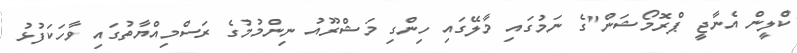
ކްލީން އެނާޖީ ޕްރޮމޯޝަން"ގެ ނަމުގައި މާލޭގައި ހިންގި މަޝްރޫއު ނިންމުމުގެ ރަސްމިއްޔާތުގައި ވާހަކަފުޅު